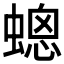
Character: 𧏀